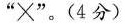
”×”。(4分)